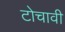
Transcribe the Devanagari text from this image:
टोचावी